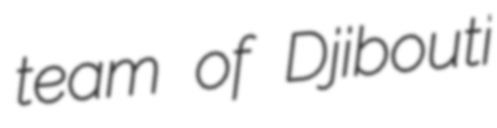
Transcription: team of Djibouti